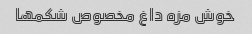
خوش مزه داغ مخصوص شکمها